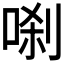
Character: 𭈗